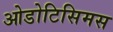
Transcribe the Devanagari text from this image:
ओडोटिसिमस